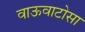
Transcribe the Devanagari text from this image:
वाऊवाटोसा